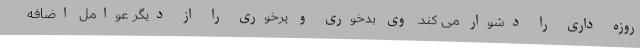
روزه داری را دشوار می کند. وی بدخوری و پرخوری را از دیگر عوامل اضافه